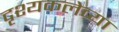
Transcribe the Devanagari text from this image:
दृश्यकलेच्या